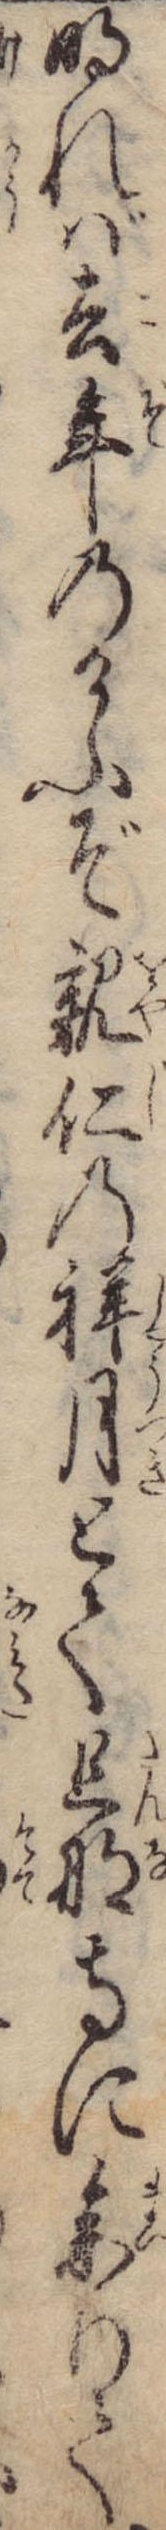
明れば去年のけふぞ親仁の祥月とて旦那寺に参りて